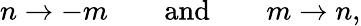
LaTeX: n\rightarrow-m\qquad\mathrm{and}\qquad m\rightarrow n,